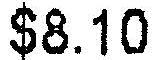
$8.10